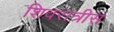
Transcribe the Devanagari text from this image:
शिवरात्रीस